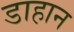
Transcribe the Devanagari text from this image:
डाहान